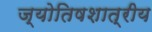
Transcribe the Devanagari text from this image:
ज्योतिषशात्रीय